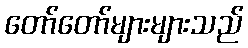
တော်တော်များများသည်